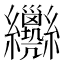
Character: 𦈄